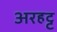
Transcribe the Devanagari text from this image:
अरहट्ट